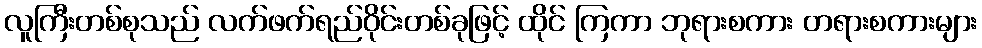
လူကြီးတစ်စုသည် လက်ဖက်ရည်ဝိုင်းတစ်ခုဖြင့် ထိုင် ကြကာ ဘုရားစကား တရားစကားများ